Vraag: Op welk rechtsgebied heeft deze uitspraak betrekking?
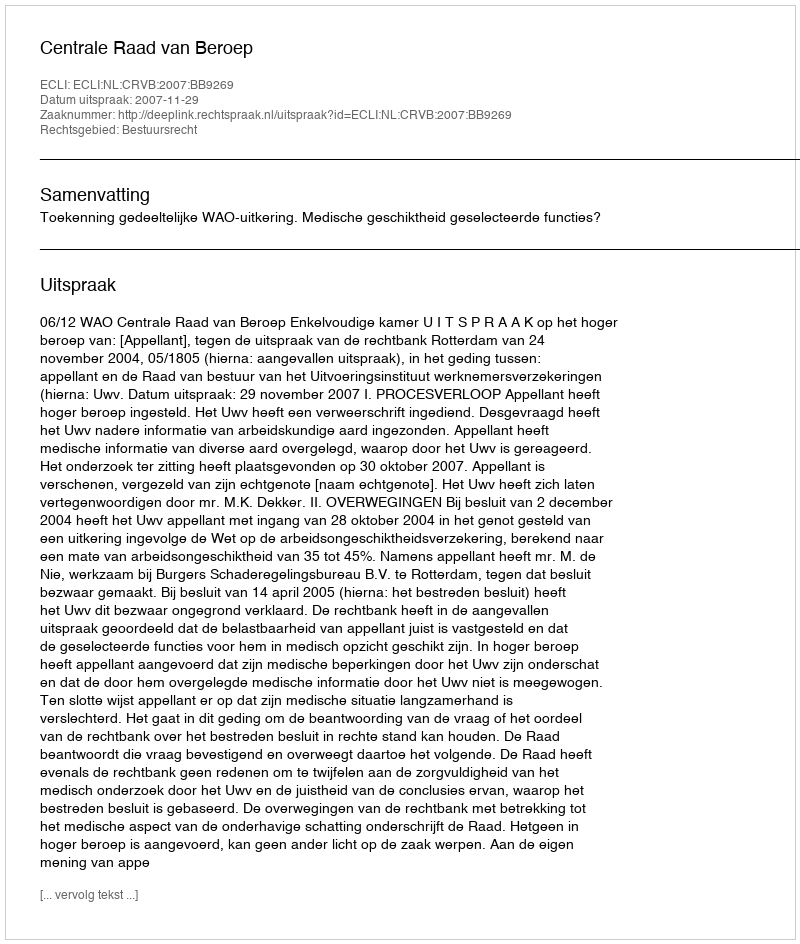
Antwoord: Bestuursrecht